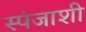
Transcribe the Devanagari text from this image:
स्पंजाशी